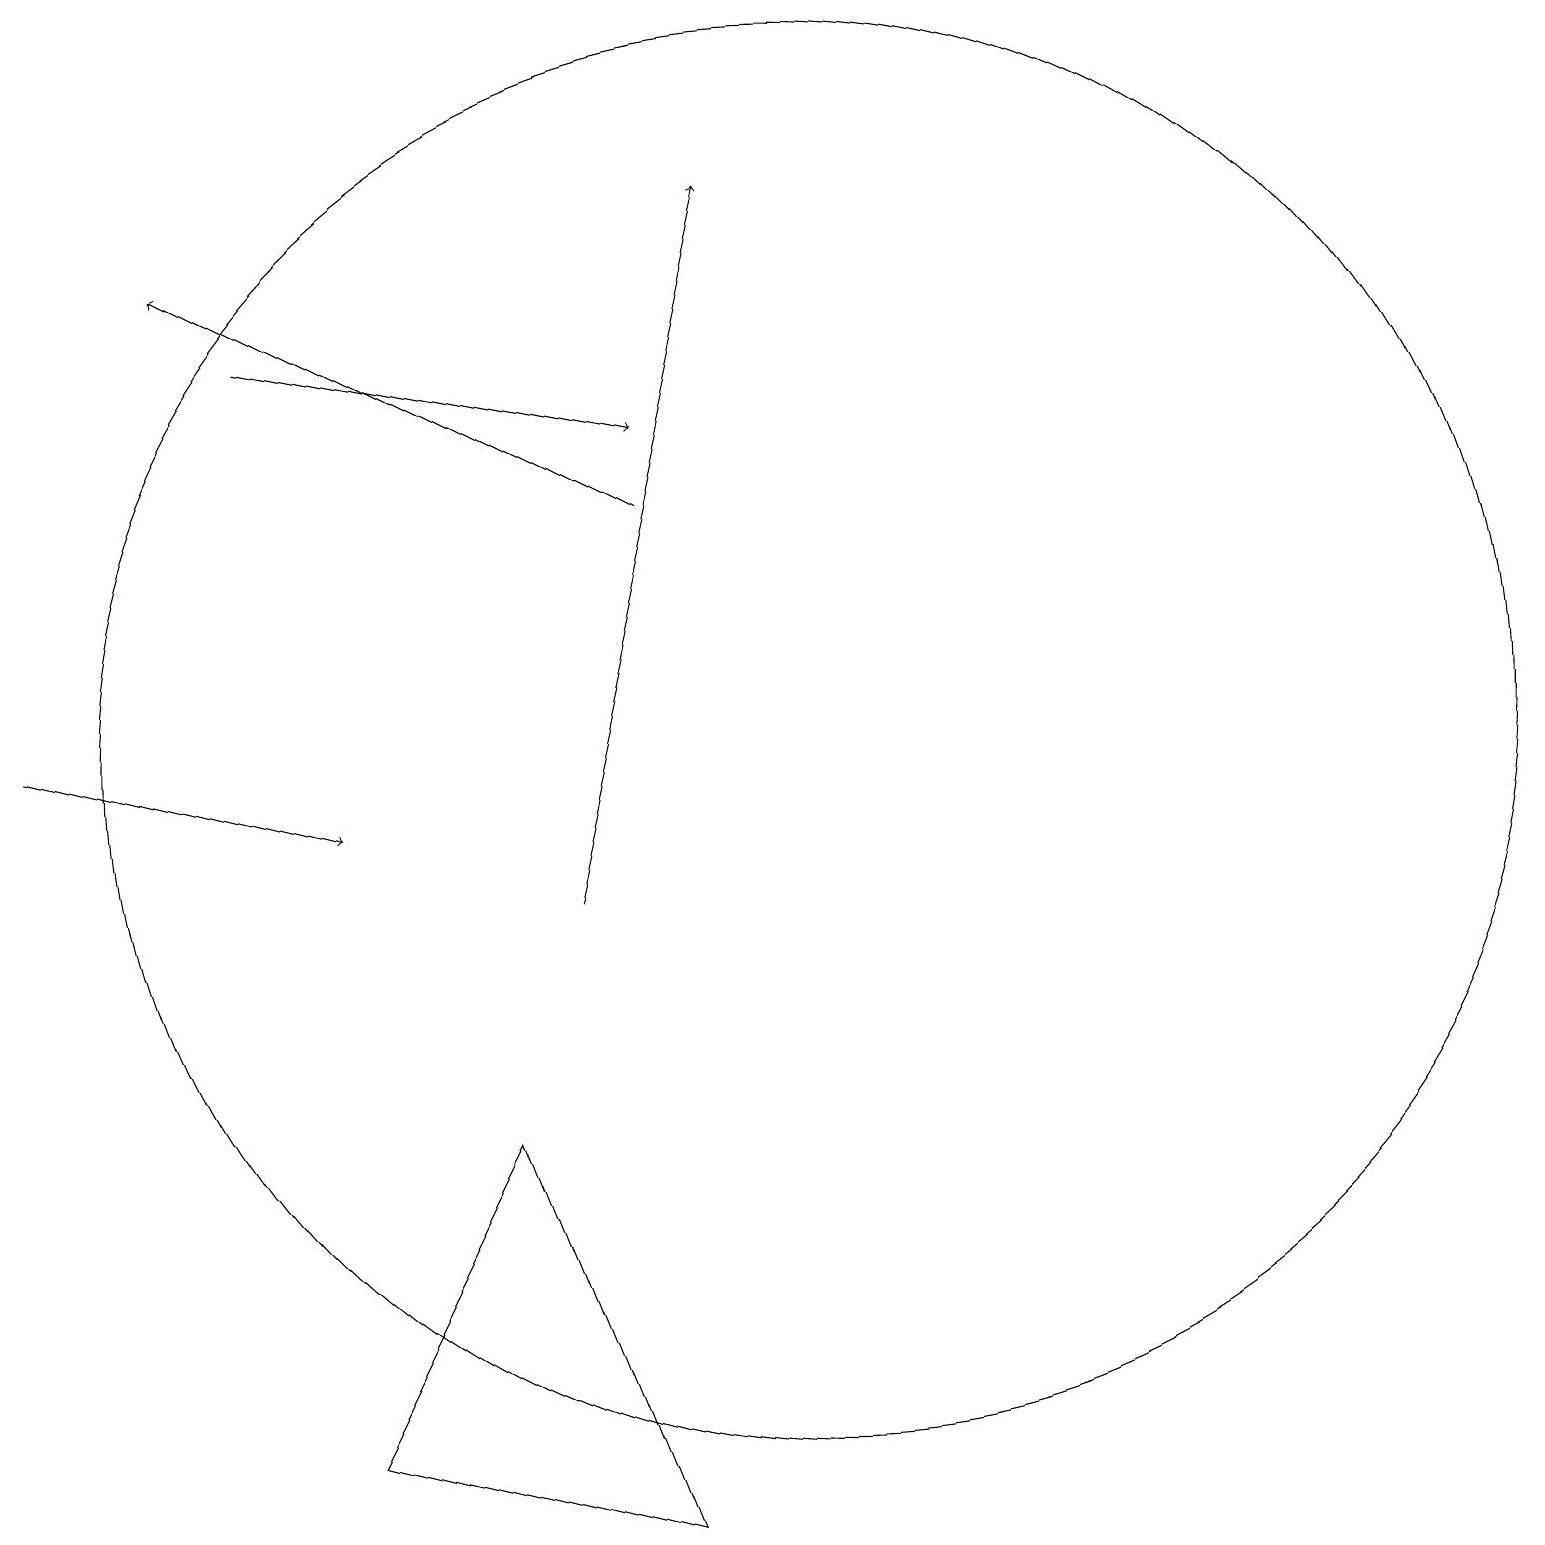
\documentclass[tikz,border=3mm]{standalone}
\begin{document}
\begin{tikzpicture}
\draw (10,12) circle (9);
\draw[->] (8,15) -- (2,18);
\draw[->] (0,12) -- (4,11);
\draw[->] (3,17) -- (8,16);
\draw[->] (7,10) -- (9,19);
\draw (4,3) -- (6,7) -- (8,2) -- cycle;
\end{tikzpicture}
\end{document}